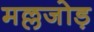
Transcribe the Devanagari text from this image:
मल्लजोड़